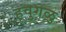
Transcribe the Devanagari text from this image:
हूवुगळु